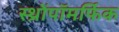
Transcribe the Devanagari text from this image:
स्थ्रोंपॉमर्फिक